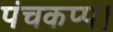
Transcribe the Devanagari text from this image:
पंचकप्प।